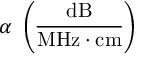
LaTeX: \alpha { \mathrm { ~ } } \left( { \frac { \mathrm { d B } } { { \mathrm { M H z } } \cdot { \mathrm { c m } } } } \right)